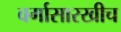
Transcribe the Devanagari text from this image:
वर्गासारखीच